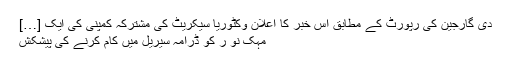
دی گارجین کی رپورٹ کے مطابق اس خبر کا اعلان وکٹوریا سیکریٹ کی مشترکہ کمپنی کی ایک […]
مہک نو ر کو ڈرامہ سیریل میں کام کرنے کی پیشکش